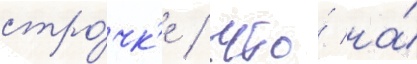
стро́чк'е / что́ на́